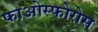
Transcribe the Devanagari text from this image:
फाओस्फोरोस